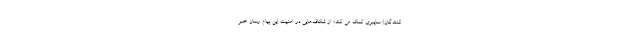
کنندگان) سایبری کمک می کند» از شکاف‌هایی در امنیت این پیام رسان خبر